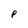
Character: P